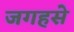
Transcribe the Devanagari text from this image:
जगहसे